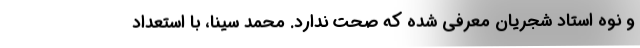
و نوه استاد شجریان معرفی شده که صحت ندارد. محمد سینا، با استعدادِ